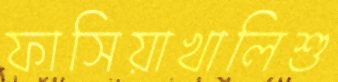
ফাসিয়াখালিশু